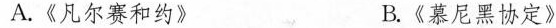
A.《凡尔赛和约》 B.《慕尼黑协定》